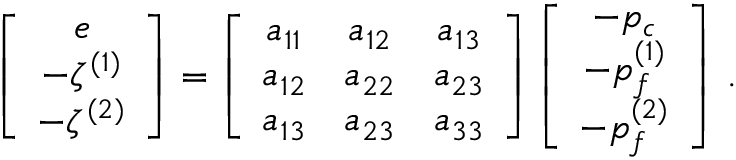
\left[ \begin{array} { c } { e } \\ { - \zeta ^ { ( 1 ) } } \\ { - \zeta ^ { ( 2 ) } } \end{array} \right] = \left[ \begin{array} { c c c } { a _ { 1 1 } } & { a _ { 1 2 } } & { a _ { 1 3 } } \\ { a _ { 1 2 } } & { a _ { 2 2 } } & { a _ { 2 3 } } \\ { a _ { 1 3 } } & { a _ { 2 3 } } & { a _ { 3 3 } } \end{array} \right] \left[ \begin{array} { c } { - p _ { c } } \\ { - p _ { f } ^ { ( 1 ) } } \\ { - p _ { f } ^ { ( 2 ) } } \end{array} \right] \, .